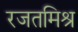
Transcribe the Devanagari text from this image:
रजतमिश्र